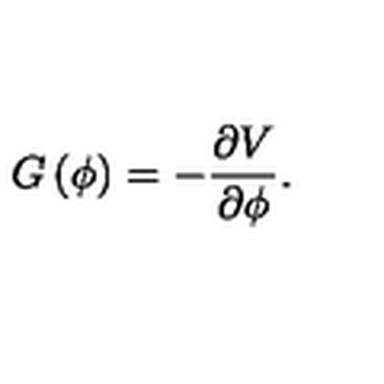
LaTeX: G \left( \phi \right) = - { \frac { \partial V } { \partial \phi } } .